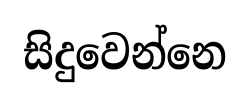
සිදුවෙන්නෙ